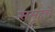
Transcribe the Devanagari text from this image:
समूहचे